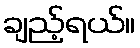
ချည့်ရယ်။